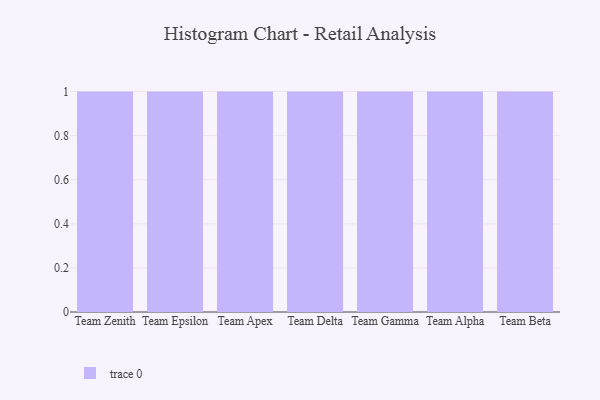
{"axis": {"x": "Team", "y": "Tickets Resolved"}, "legend": [""], "data": [{"x": "Team Zenith", "y": 5, "type": ""}, {"x": "Team Epsilon", "y": 11, "type": ""}, {"x": "Team Apex", "y": 1, "type": ""}, {"x": "Team Delta", "y": 28, "type": ""}, {"x": "Team Gamma", "y": 70, "type": ""}, {"x": "Team Alpha", "y": 43, "type": ""}, {"x": "Team Beta", "y": 64, "type": ""}]}